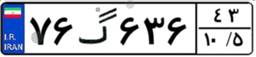
۷۶گ۶۳۶۴۳